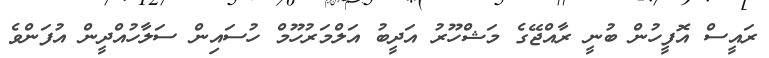
ރައީސް އޮފީހުން ބުނީ ރާއްޖޭގެ މަޝްހޫރު އަދީބު އަލްމަރުހޫމް ހުސައިން ސަލާހުއްދީން އުފަންވެ